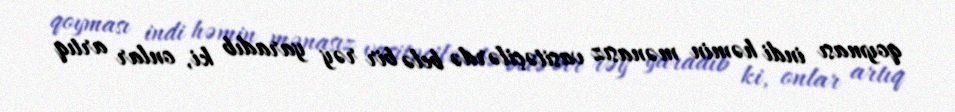
qoyması indi həmin mənasız vasitəçilərdə belə bir rəy yaradıb ki, onlar artıq